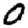
Digit: 0